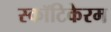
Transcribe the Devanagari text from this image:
स्कॉटिकेरम